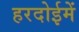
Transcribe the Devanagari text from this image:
हरदोईमें